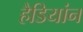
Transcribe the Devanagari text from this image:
हैडियांन